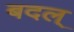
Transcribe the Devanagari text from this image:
बदल्